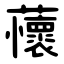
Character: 蘹